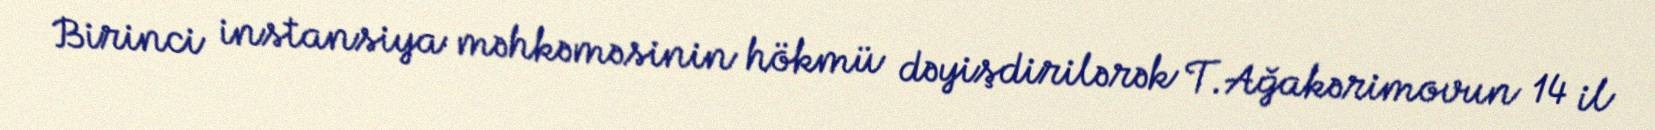
Birinci instansiya məhkəməsinin hökmü dəyişdirilərək T.Ağakərimovun 14 il